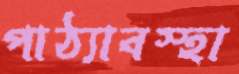
পাঠ্যাবস্হা